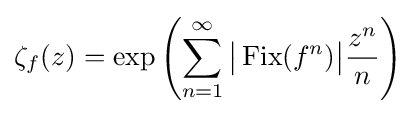
\zeta _{f}(z)=\exp \left(\sum _{n=1}^{\infty }{\bigl |}\operatorname {Fix} (f^{n}){\bigr |}{\frac {z^{n}}{n}}\right)